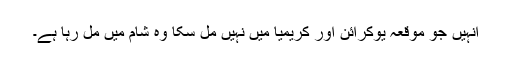
انہیں جو موقعہ یوکرائن اور کریمیا میں نہیں مل سکا وہ شام میں مل رہا ہے۔